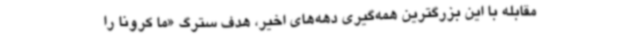
مقابله با این بزرگترین همه‌گیری دهه‌های اخیر، هدف سترگ «ما کرونا را